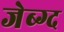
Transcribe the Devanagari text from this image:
जेब्ग्द